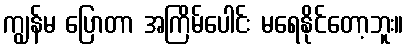
ကျွန်မ ပြောတာ အကြိမ်ပေါင်း မရေနိုင်တော့ဘူး။